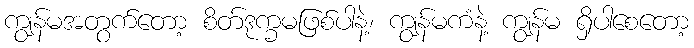
ကျွန်မအတွက်တော့ စိတ်ဒုက္ခမဖြစ်ပါနဲ့၊ ကျွန်မကံနဲ့ ကျွန်မ ရှိပါစေတော့